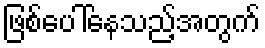
ဖြစ်ပေါ်နေသည့်အတွက်